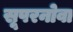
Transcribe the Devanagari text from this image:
सूपरनोवा